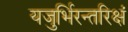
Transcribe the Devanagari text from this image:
यजुर्भिरन्तरिक्षं